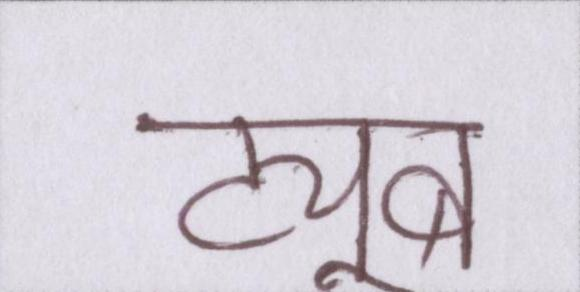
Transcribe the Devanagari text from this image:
ट्यूब